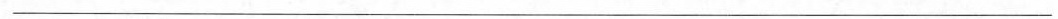
___